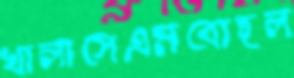
খালাসেএমবোহল